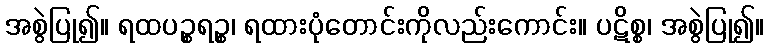
အစွဲပြု၍။ ရထပဉ္စရဉ္စ၊ ရထားပုံတောင်းကိုလည်းကောင်း။ ပဋိစ္စ၊ အစွဲပြု၍။